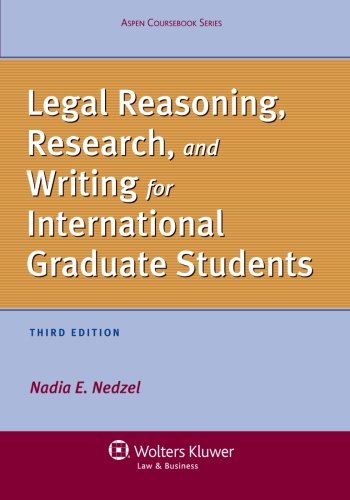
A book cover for Legal Reasoning, Research, and Writing for International Graduate Students, Third Edition (Aspen Coursebook); Nadia E. Nedzel; Law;